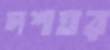
দশঘর